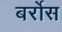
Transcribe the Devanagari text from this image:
बर्रोस